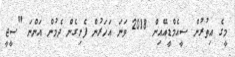
މީގެ އިތުރުން ސީއެމްޑީއޭއިން 2018 ވަނަ އަހަރުން ފެށިގެން ދެމުން އަންނަ "ސީޖީ